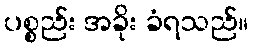
ပစ္စည်း အခိုး ခံရသည်။